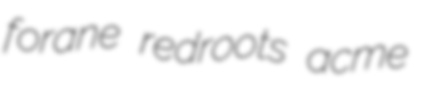
forane redroots acme